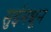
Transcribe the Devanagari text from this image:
सुईमधून